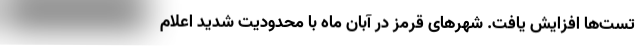
تست‌ها افزایش یافت. شهرهای قرمز در آبان ماه با محدودیت شدید اعلام